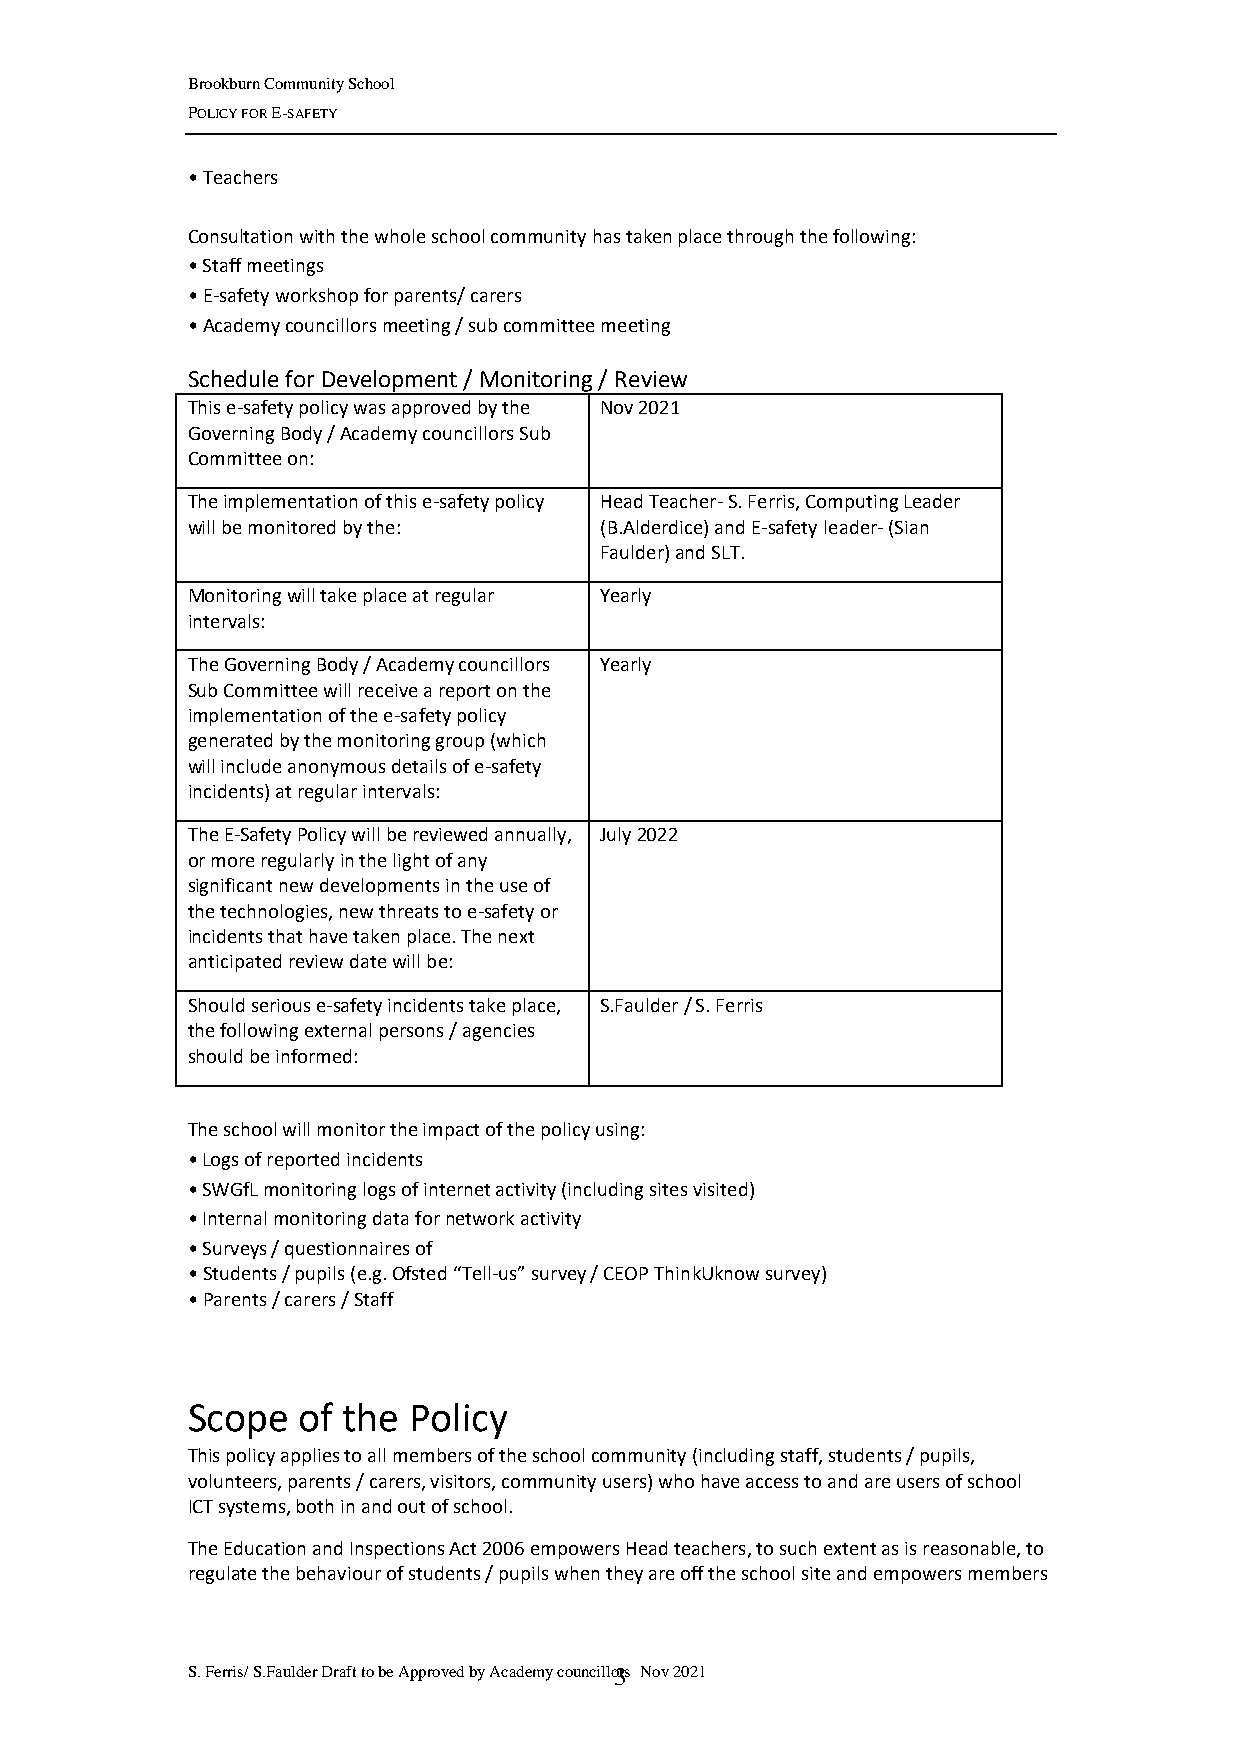
Brookburn Community School
 POLICY FOR E-SAFETY
 • Teachers
 Consultation with the whole school community has taken place through the following:
 • Staff meetings
 • E-safety workshop for parents/ carers
 • Academy councillors meeting / sub committee meeting
 Schedule for Development / Monitoring / Review
 This e-safety policy was approved by the Nov 2021
 Governing Body / Academy councillors Sub
 Committee on:
 The implementation of this e-safety policy Head Teacher- S. Ferris, Computing Leader
 will be monitored by the:   (B.Alderdice) and E-safety leader- (Sian
 Faulder) and SLT.
 Monitoring will take place at regular Yearly
 intervals:
 The Governing Body / Academy councillors Yearly
 Sub Committee will receive a report on the
 implementation of the e-safety policy
 generated by the monitoring group (which
 will include anonymous details of e-safety
 incidents) at regular intervals:
 The E-Safety Policy will be reviewed annually, July 2022
 or more regularly in the light of any
 significant new developments in the use of
 the technologies, new threats to e-safety or
 incidents that have taken place. The next
 anticipated review date will be:
 Should serious e-safety incidents take place, S.Faulder / S. Ferris
 the following external persons / agencies
 should be informed:
 The school will monitor the impact of the policy using:
 • Logs of reported incidents
 • SWGfL monitoring logs of internet activity (including sites visited)
 • Internal monitoring data for network activity
 • Surveys / questionnaires of
 • Students / pupils (e.g. Ofsted “Tell-us” survey / CEOP ThinkUknow survey)
 • Parents / carers / Staff
 Scope   of the Policy
 This policy applies to all members of the school community (including staff, students / pupils,
 volunteers, parents / carers, visitors, community users) who have access to and are users of school
 ICT systems, both in and out of school.
 The Education and Inspections Act 2006 empowers Head teachers, to such extent as is reasonable, to
 regulate the behaviour of students / pupils when they are off the school site and empowers members
 S. Ferris/ S.Faulder Draft to be Approved by Academy councillo3rs Nov 2021